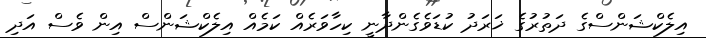
އިލެކްޝަންސްގެ ދަތުރުގެ ޚަރަދު ކުޑަވެގެންދާނީ ކިހާވަރެއް ކަަމެއް އިލެކްޝަންސް އިން ވެސް އަދި